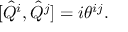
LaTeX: [ \hat { Q } ^ { i } , \hat { Q } ^ { j } ] = i \theta ^ { i j } .